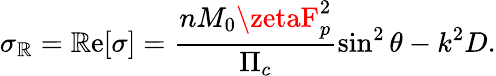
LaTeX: \sigma_{\mathbb{R}}=\mathrm{{\mathbb{R}e}}[\sigma]=\frac{{nM_{0}\zetaF_{p}^{2}}}{{\Pi_{c}}}\sin^{2}\theta-k^{2}D.